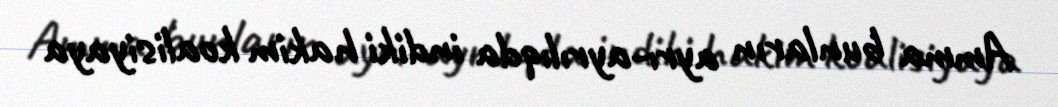
Amma bunların ayrı-ayrılıqda indiki hakim koalisiyaya